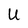
Character: U